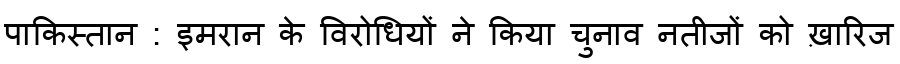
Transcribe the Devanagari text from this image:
पाकिस्तान : इमरान के विरोधियों ने किया चुनाव नतीजों को ख़ारिज